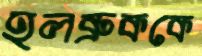
হলব্রুককে